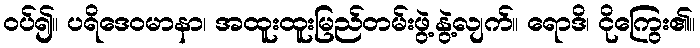
ဝပ်၍။ ပရိဒေဝမာနာ၊ အထူးထူးမြည်တမ်းဖွဲ့နွဲ့လျက်။ ရောဒိ၊ ငိုကြွေး၏။